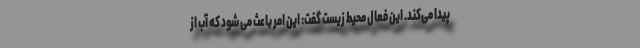
پیدا می‌کند. این فعال محیط زیست گفت: این امر باعث می شود که آب از